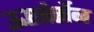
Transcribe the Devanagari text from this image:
ऊएतेर्सेन